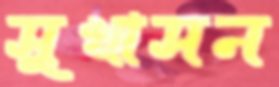
সুখাসন